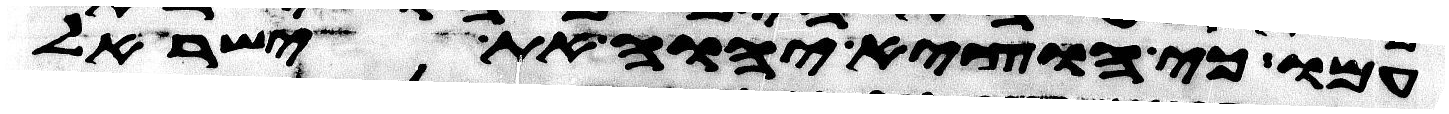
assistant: עמו כי הוציא יהוה את ישראל